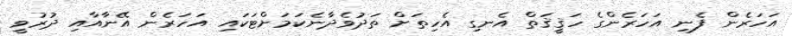
އަހަރެން ފެނި އަހަރެންގެ ހަޤީޤަތް އެނގި އެހިތަށް ތަދުވެދާނެކަމަށްޓަކައި އަހަރެން އޭނާއާއި ދުރުވީ